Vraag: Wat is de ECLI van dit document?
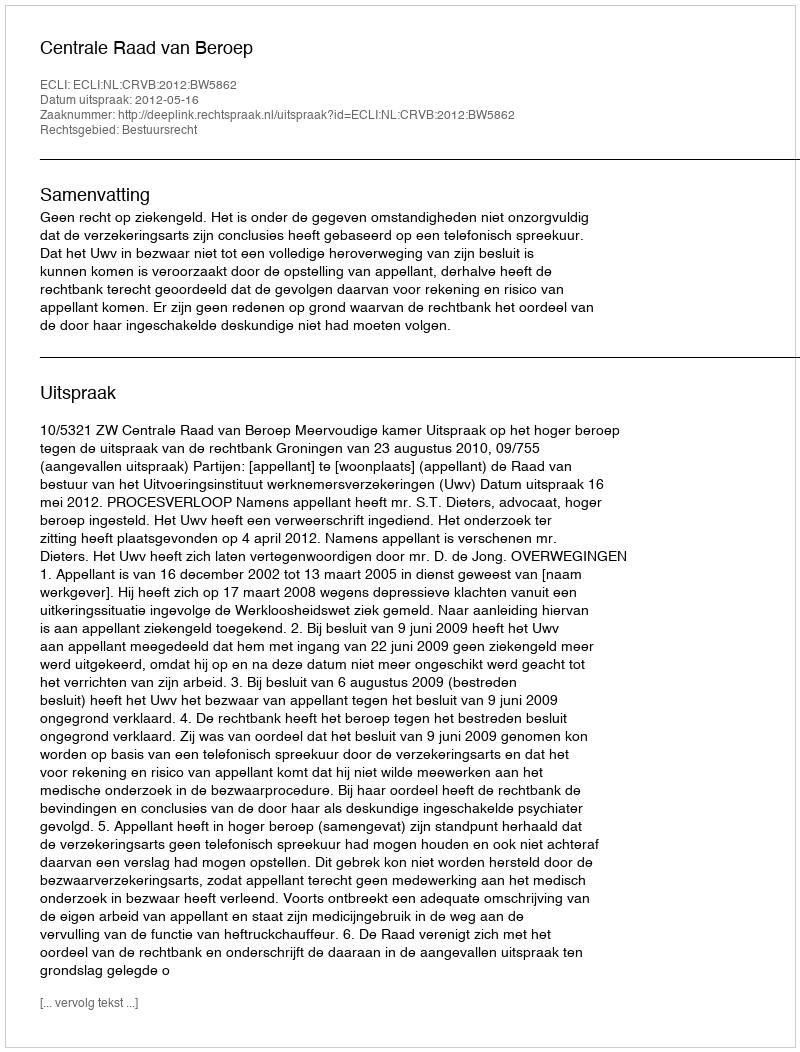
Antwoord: ECLI:NL:CRVB:2012:BW5862